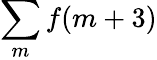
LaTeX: \sum\limits_{m}f(m+3)